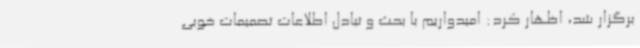
برگزار شد، اظهار کرد: امیدواریم با بحث و تبادل اطلاعات تصمیمات خوبی